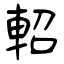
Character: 軺